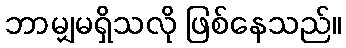
ဘာမျှမရှိသလို ဖြစ်နေသည်။